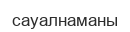
сауалнаманы